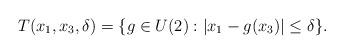
LaTeX: \begin{align*}T(x_1,x_3,\delta)=\{g\in U(2): |x_1-g(x_3)|\leq \delta \}.\end{align*}